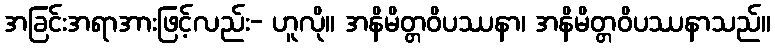
အခြင်းအရာအားဖြင့်လည်း- ဟူလို။ အနိမိတ္တဝိပဿနာ၊ အနိမိတ္တဝိပဿနာသည်။